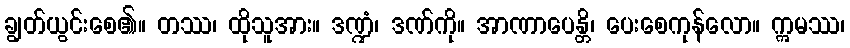
ချွတ်ယွင်းစေ၏။ တဿ၊ ထိုသူအား။ ဒဏ္ဍံ၊ ဒဏ်ကို။ အာဏာပေန္တိ၊ ပေးစေကုန်လော။ ဣမဿ၊